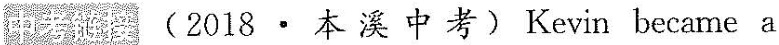
中考链接 (2018 · 本 溪 中考)Kevin became a